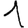
Digit: 1